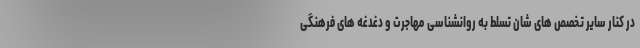
در کنار سایر تخصص های شان تسلط به روانشناسی مهاجرت و دغدغه های فرهنگی